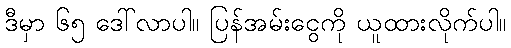
ဒီမှာ ၆၅ ဒေါ်လာပါ။ ပြန်အမ်းငွေကို ယူထားလိုက်ပါ။